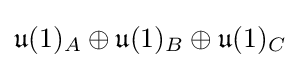
{\mathfrak {u}}(1)_{A}\oplus {\mathfrak {u}}(1)_{B}\oplus {\mathfrak {u}}(1)_{C}